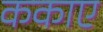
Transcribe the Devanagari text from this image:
ककाए